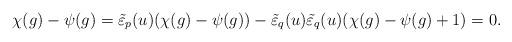
LaTeX: \begin{align*} \chi(g) - \psi(g) = \tilde{\varepsilon}_p(u)(\chi(g) - \psi(g)) - \tilde{\varepsilon}_q(u) \tilde{\varepsilon}_q(u)(\chi(g) - \psi(g) + 1) = 0. \end{align*}